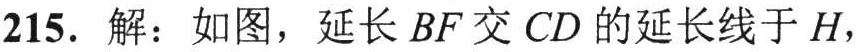
215. 解：如图，延长 \(BF\) 交 \(CD\) 的延长线于 \(H\)，